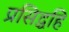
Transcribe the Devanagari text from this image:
प्रसिद्धहि